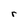
Character: r